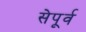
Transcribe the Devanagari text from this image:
सेपूर्व